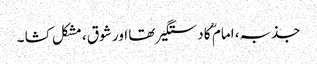
جذبہ، امام ؒ کا دستگیر تھا اور شوق ، مشکل کشا ۔